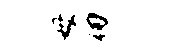
母仞